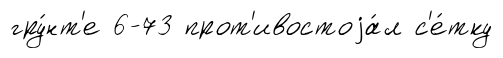
гру́нт'е 6-73 прот'ивостоjа́л с'е́тку